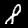
Digit: 8